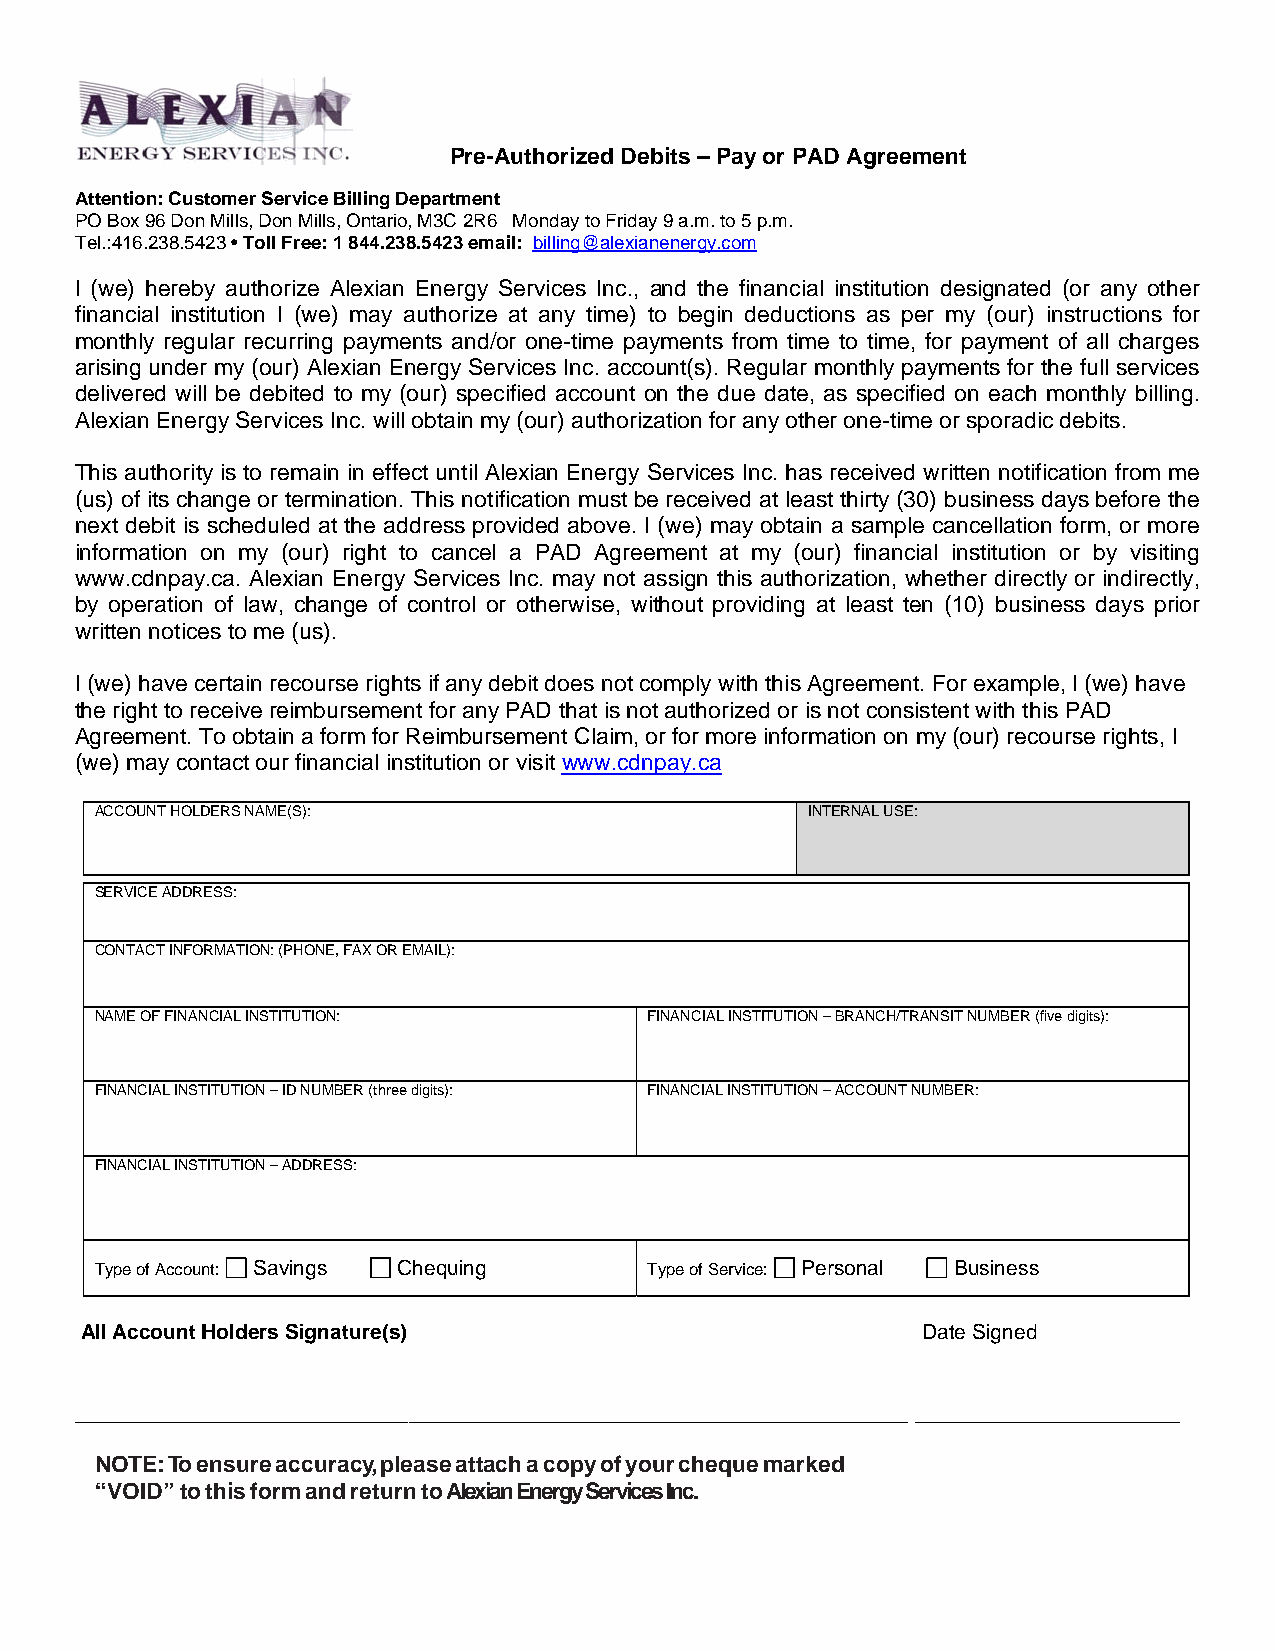
Pre-Authorized Debits – Pay or PAD Agreement
 Attention: Customer Service Billing Department
 PO Box 96 Don Mills, Don Mills, Ontario, M3C 2R6 Monday to Friday 9 a.m. to 5 p.m.
 Tel.:416.238.5423 • Toll Free: 1 844.238.5423 email: billing@alexianenergy.com
 I (we) hereby authorize Alexian Energy Services Inc., and the financial institution designated (or any other
 financial institution I (we) may authorize at any time) to begin deductions as per my (our) instructions for
 monthly regular recurring payments and/or one-time payments from time to time, for payment of all charges
 arising under my (our) Alexian Energy Services Inc. account(s). Regular monthly payments for the full services
 delivered will be debited to my (our) specified account on the due date, as specified on each monthly billing.
 Alexian Energy Services Inc. will obtain my (our) authorization for any other one-time or sporadic debits.
 This authority is to remain in effect until Alexian Energy Services Inc. has received written notification from me
 (us) of its change or termination. This notification must be received at least thirty (30) business days before the
 next debit is scheduled at the address provided above. I (we) may obtain a sample cancellation form, or more
 information on my (our) right to cancel a PAD Agreement at my (our) financial institution or by visiting
 www.cdnpay.ca. Alexian Energy Services Inc. may not assign this authorization, whether directly or indirectly,
 by operation of law, change of control or otherwise, without providing at least ten (10) business days prior
 written notices to me (us).
 I (we) have certain recourse rights if any debit does not comply with this Agreement. For example, I (we) have
 the right to receive reimbursement for any PAD that is not authorized or is not consistent with this PAD
 Agreement. To obtain a form for Reimbursement Claim, or for more information on my (our) recourse rights, I
 (we) may contact our financial institution or visit www.cdnpay.ca
 ACCOUNT HOLDERS NAME(S):                        INTERNAL USE:
 SERVICE ADDRESS:
 CONTACT INFORMATION: (PHONE, FAX OR EMAIL):
 NAME OF FINANCIAL INSTITUTION:       FINANCIAL INSTITUTION – BRANCH/TRANSIT NUMBER (five digits):
 FINANCIAL INSTITUTION – ID NUMBER (three digits): FINANCIAL INSTITUTION – ACCOUNT NUMBER:
 FINANCIAL INSTITUTION – ADDRESS:
 Type of Account: Savings Chequing    Type of Service: Personal Business
 All Account Holders Signature(s)                        Date Signed
 ____________________________________________________________ ___________________
 NOTE: To ensure accuracy, please attach a copy of your cheque marked
 “VOID” to this form and return to Alexian Energy Services Inc.